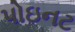
પોઇનટ